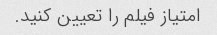
امتیاز فیلم را تعیین کنید.